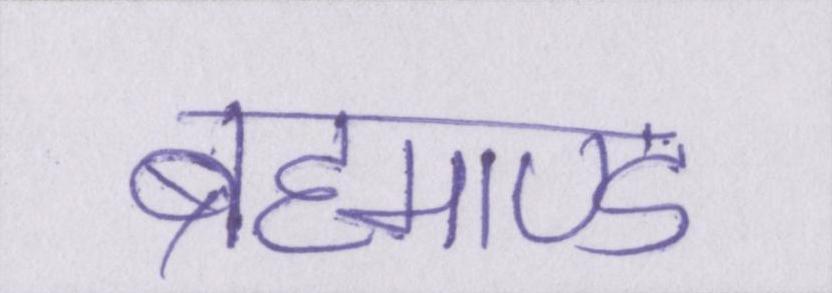
ब्रह्माण्ड